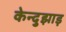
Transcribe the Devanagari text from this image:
केन्दुझाड़